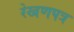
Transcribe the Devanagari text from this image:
रेखणपत्र